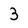
Character: 3